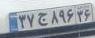
۳۷ج۸۹۶۳۶